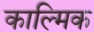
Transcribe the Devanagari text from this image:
काल्मिक